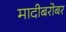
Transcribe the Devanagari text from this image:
मादीबरोबर